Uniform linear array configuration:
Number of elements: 12
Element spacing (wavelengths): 0.75
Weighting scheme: binomial
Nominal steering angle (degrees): -15
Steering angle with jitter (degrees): -16.71
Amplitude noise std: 0.05
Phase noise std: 0.05

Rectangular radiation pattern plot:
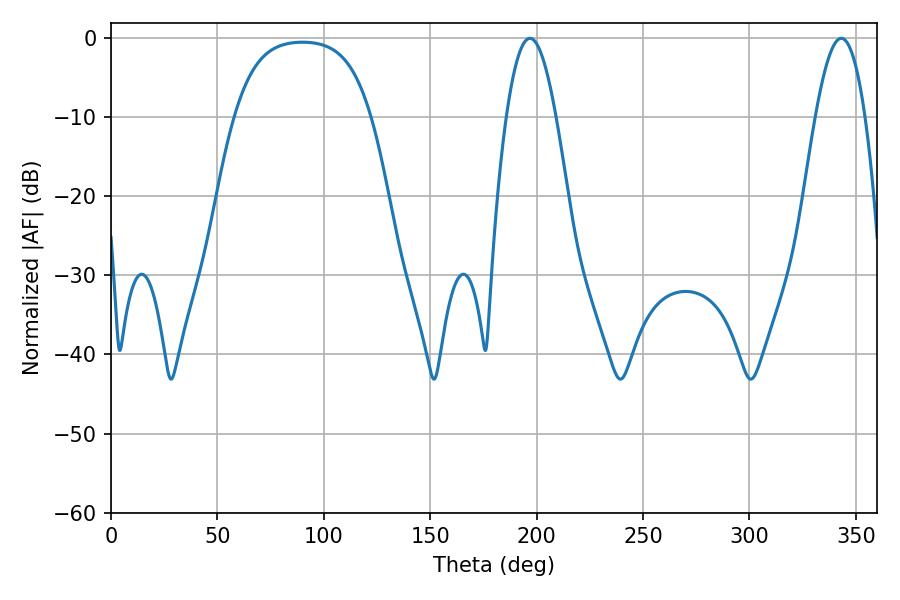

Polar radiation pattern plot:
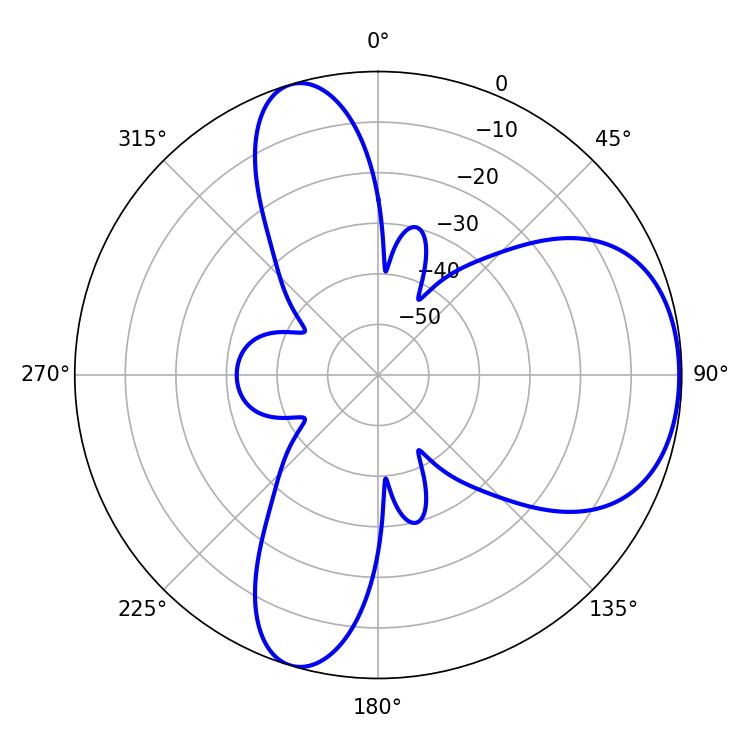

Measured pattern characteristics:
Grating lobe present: TRUE
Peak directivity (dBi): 5.874
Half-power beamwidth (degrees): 12.78
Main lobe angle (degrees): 196.92